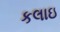
કલાઇ